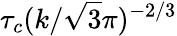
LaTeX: \tau_{c}(k/\sqrt{3}\pi)^{-2/3}